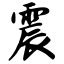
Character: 震